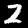
Label: 2